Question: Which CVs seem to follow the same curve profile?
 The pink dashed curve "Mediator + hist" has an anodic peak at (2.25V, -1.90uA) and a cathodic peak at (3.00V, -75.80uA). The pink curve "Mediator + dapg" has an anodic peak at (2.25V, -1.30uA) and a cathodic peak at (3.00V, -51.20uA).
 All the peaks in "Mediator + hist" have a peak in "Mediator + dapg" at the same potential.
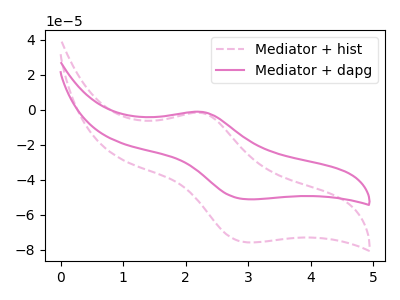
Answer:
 <answer>"Mediator + dapg" and "Mediator + hist" have the same shape and are likely CV's of the same chemical.</answer>
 <eval>"Mediator + dapg" "Mediator + hist"</eval>